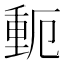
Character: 𬪾